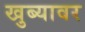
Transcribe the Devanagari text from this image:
खुब्यावर